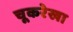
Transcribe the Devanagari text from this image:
चूकरेखा